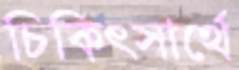
চিকিৎসার্থে